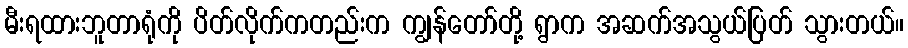
မီးရထားဘူတာရုံကို ပိတ်လိုက်ကတည်းက ကျွန်တော်တို့ ရွာက အဆက်အသွယ်ပြတ် သွားတယ်။